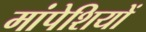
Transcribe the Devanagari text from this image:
मांपेशियों